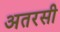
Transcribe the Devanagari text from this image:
अतरसी